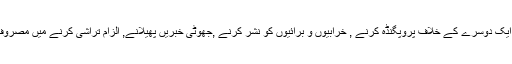
پھر بھی وہ ایک دوسرے کے خلاف پروپگنڈہ کرنے , خرابیوں و برائیوں کو نشر کرنے ,جھوٹی خبریں پھیلانے, الزام تراشى کرنے میں مصروف رہتی ہیں۔